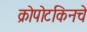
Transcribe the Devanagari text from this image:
क्रोपोटकिनचे